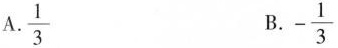
A.\frac{1}{3} B.-\frac{1}{3}